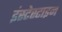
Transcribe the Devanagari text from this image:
इंस्टेस्टाइन